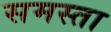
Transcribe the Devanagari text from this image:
समस्ता